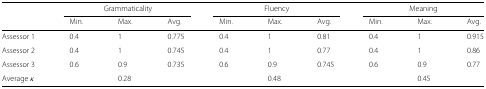
<table><thead><tr><td></td><td colspan="3"><b>Grammaticality</b></td><td colspan="3"><b>Fluency</b></td><td colspan="3"><b>Meaning</b></td></tr><tr><td></td><td><b>Min.</b></td><td><b>Max.</b></td><td><b>Avg.</b></td><td><b>Min.</b></td><td><b>Max.</b></td><td><b>Avg.</b></td><td><b>Min.</b></td><td><b>Max.</b></td><td><b>Avg.</b></td></tr></thead><tbody><tr><td>Assessor 1</td><td>0.4</td><td>1</td><td>0.775</td><td>0.4</td><td>1</td><td>0.81</td><td>0.4</td><td>1</td><td>0.915</td></tr><tr><td>Assessor 2</td><td>0.4</td><td>1</td><td>0.745</td><td>0.4</td><td>1</td><td>0.77</td><td>0.4</td><td>1</td><td>0.86</td></tr><tr><td>Assessor 3</td><td>0.6</td><td>0.9</td><td>0.735</td><td>0.6</td><td>0.9</td><td>0.745</td><td>0.6</td><td>0.9</td><td>0.77</td></tr><tr><td>Average <i>κ</i></td><td></td><td>0.28</td><td></td><td></td><td>0.48</td><td></td><td></td><td>0.45</td><td></td></tr></tbody></table>